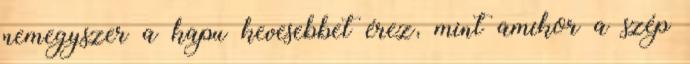
nemegyszer a kapu kevesebbet érez, mint amikor a szép